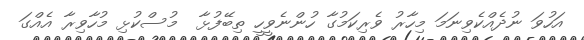
އަހުވަ ނުދެއްކެވިނަމަ މިހާރު ވެރިކަމުގާ ހުންނެވީހީ ތިބޭފުޅާ  މުސްކުޅި މުހާވިރާ އެއްގަ